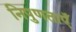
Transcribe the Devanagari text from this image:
निपुणताएँ